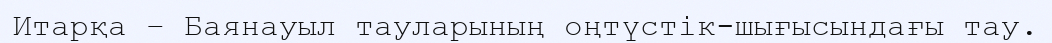
Итарқа – Баянауыл тауларының оңтүстік-шығысындағы тау.